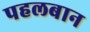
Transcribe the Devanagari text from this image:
पहलबान